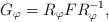
\begin{align*}G_{\varphi} = R_{\varphi} F R_{\varphi}^{-1},\end{align*}